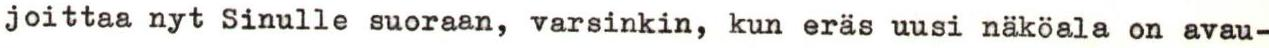
joittaa nyt Sinulle suoraan, varsinkin, kun eräs uusi näköala on avau-